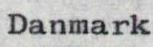
Danmark